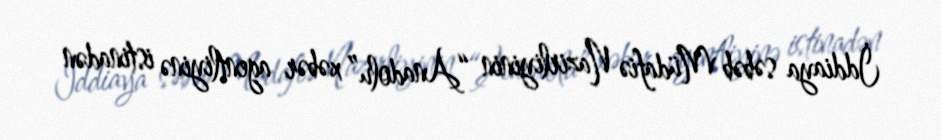
İddiaya səbəb Müdafiə Nazirliyinin “Anadolu” xəbər agentliyinə istinadən